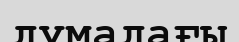
думадағы